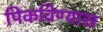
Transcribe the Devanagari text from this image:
पिकविण्यास